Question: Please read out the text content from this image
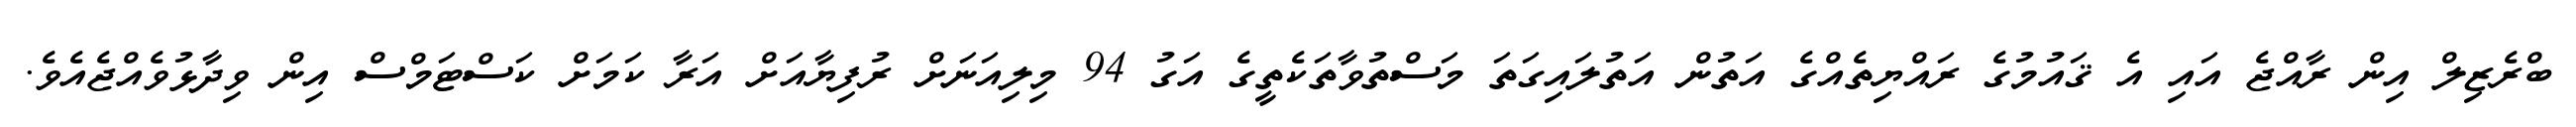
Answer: ބްރެޒިލް އިން ރާއްޖެ އައި އެ ޤައުމުގެ ރައްޔިތެއްގެ އަތުން އަތުލައިގަތަ މަސްތުވާތަކެތީގެ އަގު 94 މިލިއަނަށް ރުފިޔާއަށް އަރާ ކަމަށް ކަސްޓަމްސް އިން ވިދާޅުވެއްޖެއެވެ.